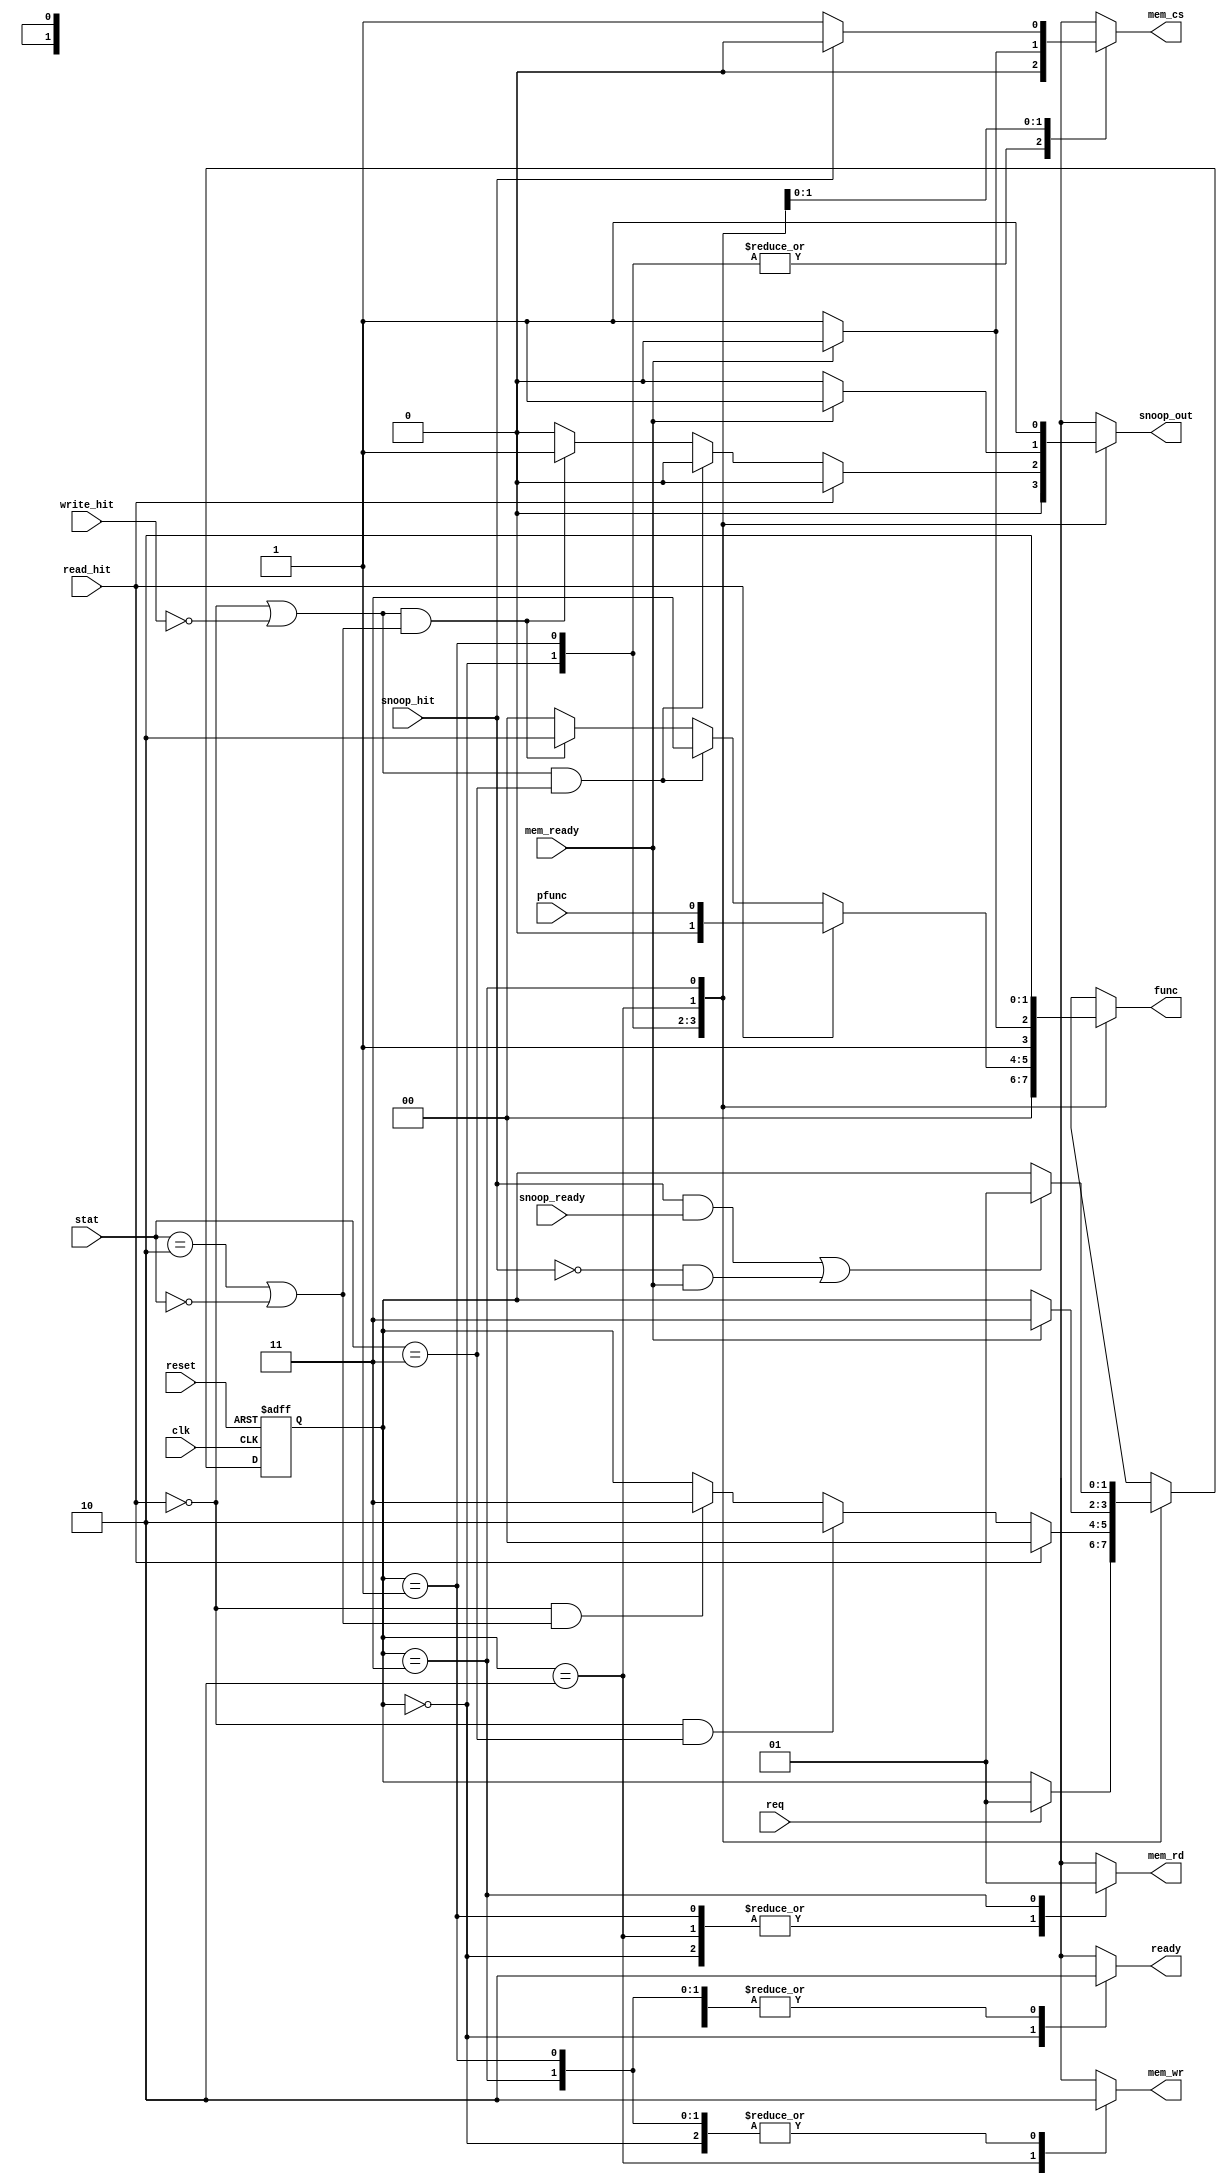
`timescale 1ns / 1ps
//////////////////////////////////////////////////////////////////////////////////
// Company: 
// 
// Design Name: 
// Module Name:    cache_controller 
// Project Name: 
// Target Devices: 
// Tool versions: 
// Description: 
//
// Dependencies: 
//
// Revision: 
// Revision 0.01 - File Created
// Additional Comments: 
//
//////////////////////////////////////////////////////////////////////////////////
module cache_controller(
    input reset, read_hit, write_hit, clk, req, pfunc, mem_ready, snoop_ready, snoop_hit,
	 input [1:0] stat,
	 
    output reg ready, mem_rd, mem_wr, mem_cs, snoop_out, 
	 output reg [1:0] func
    );
	 
	  
	                              //      DATA       |       ADDR      
	 parameter p_read  = 2'b00,   // cache -> prcsr  |  prcsr -> cache   (Processor Read)
	           p_write = 2'b01,   // prcsr -> cache  |  prcsr -> cache   (Processor Write)
				  b_read  = 2'b10,   // bus   -> cache  |  cache -> bus     (Bus Read)
				  b_write = 2'b11;   // cache -> bus    |  cache -> bus     (Write Back)
				  
	 parameter excl = 2'b11,      // Exclusive State
	           shrd = 2'b10,      // Shared State
				  invl = 2'b00;      // Invalid State
	 
	 parameter S0 = 3'b00,
	           S1 = 3'b01,
				  S2 = 3'b10,
				  S3 = 3'b11;
	 
	 reg [1:0]  state, next_state;		  
	 
    always @(posedge clk, negedge reset)
    begin
      if (~reset)
		  state <= S0;
		else
		  state <= next_state;
	 end
	 
	 
	 always @(state, reset, req, read_hit, write_hit, pfunc, mem_ready, snoop_ready, snoop_hit, stat)
	 begin
	   next_state = state;
	   case(state)   
					  
		  S0      :  if (req)  next_state = S1; 
					  
		  S1      :  begin
		               if      (read_hit)                              next_state = S0;
						   else if (!read_hit && (stat==excl))             next_state = S2;
						   else if (!read_hit && (stat==shrd||stat==invl)) next_state = S3;
					    end
					  
		  S2      :  if (mem_ready) next_state = S3;
		        
		  S3      :  if ((snoop_hit && snoop_ready) || (!snoop_hit && mem_ready)) next_state = S1;
		
	   endcase
	 end
	 
	 
	 
	 always @(state, read_hit, write_hit, pfunc, mem_ready, snoop_hit, stat)
	 begin
	
	   ready       = 0;
		mem_rd      = 0;
		mem_wr      = 0; 
		mem_cs      = 0;
		snoop_out   = 0;
		func        = 2'b00;
		
	   case(state) 
		  S0  :  ready = 1;
		  
		  S1  :  begin
		           if (read_hit)
                 begin
					    func = pfunc;
					  end
					  else if ((!read_hit||!write_hit) && (stat==excl))             func = b_write;
					  else if ((!read_hit||!write_hit) && (stat==shrd||stat==invl)) begin func = b_read; snoop_out = 1; end
				   end				  
		  
		  S2  :  begin
		           func = b_write;
					  mem_wr = 1;
					  if (!mem_ready) 
					    mem_cs = 1;
					  else if (mem_ready) 
					  begin
					    func      = b_read;
					    snoop_out = 1;
					  end
					end
		  
		  S3  :  begin
		           func      = b_read;
                 mem_rd    = 1;
					  mem_cs    = 1; 
                 snoop_out = 1;	
                 if (snoop_hit) mem_cs = 0;					  
					end
	   endcase
	 end
     		
endmodule